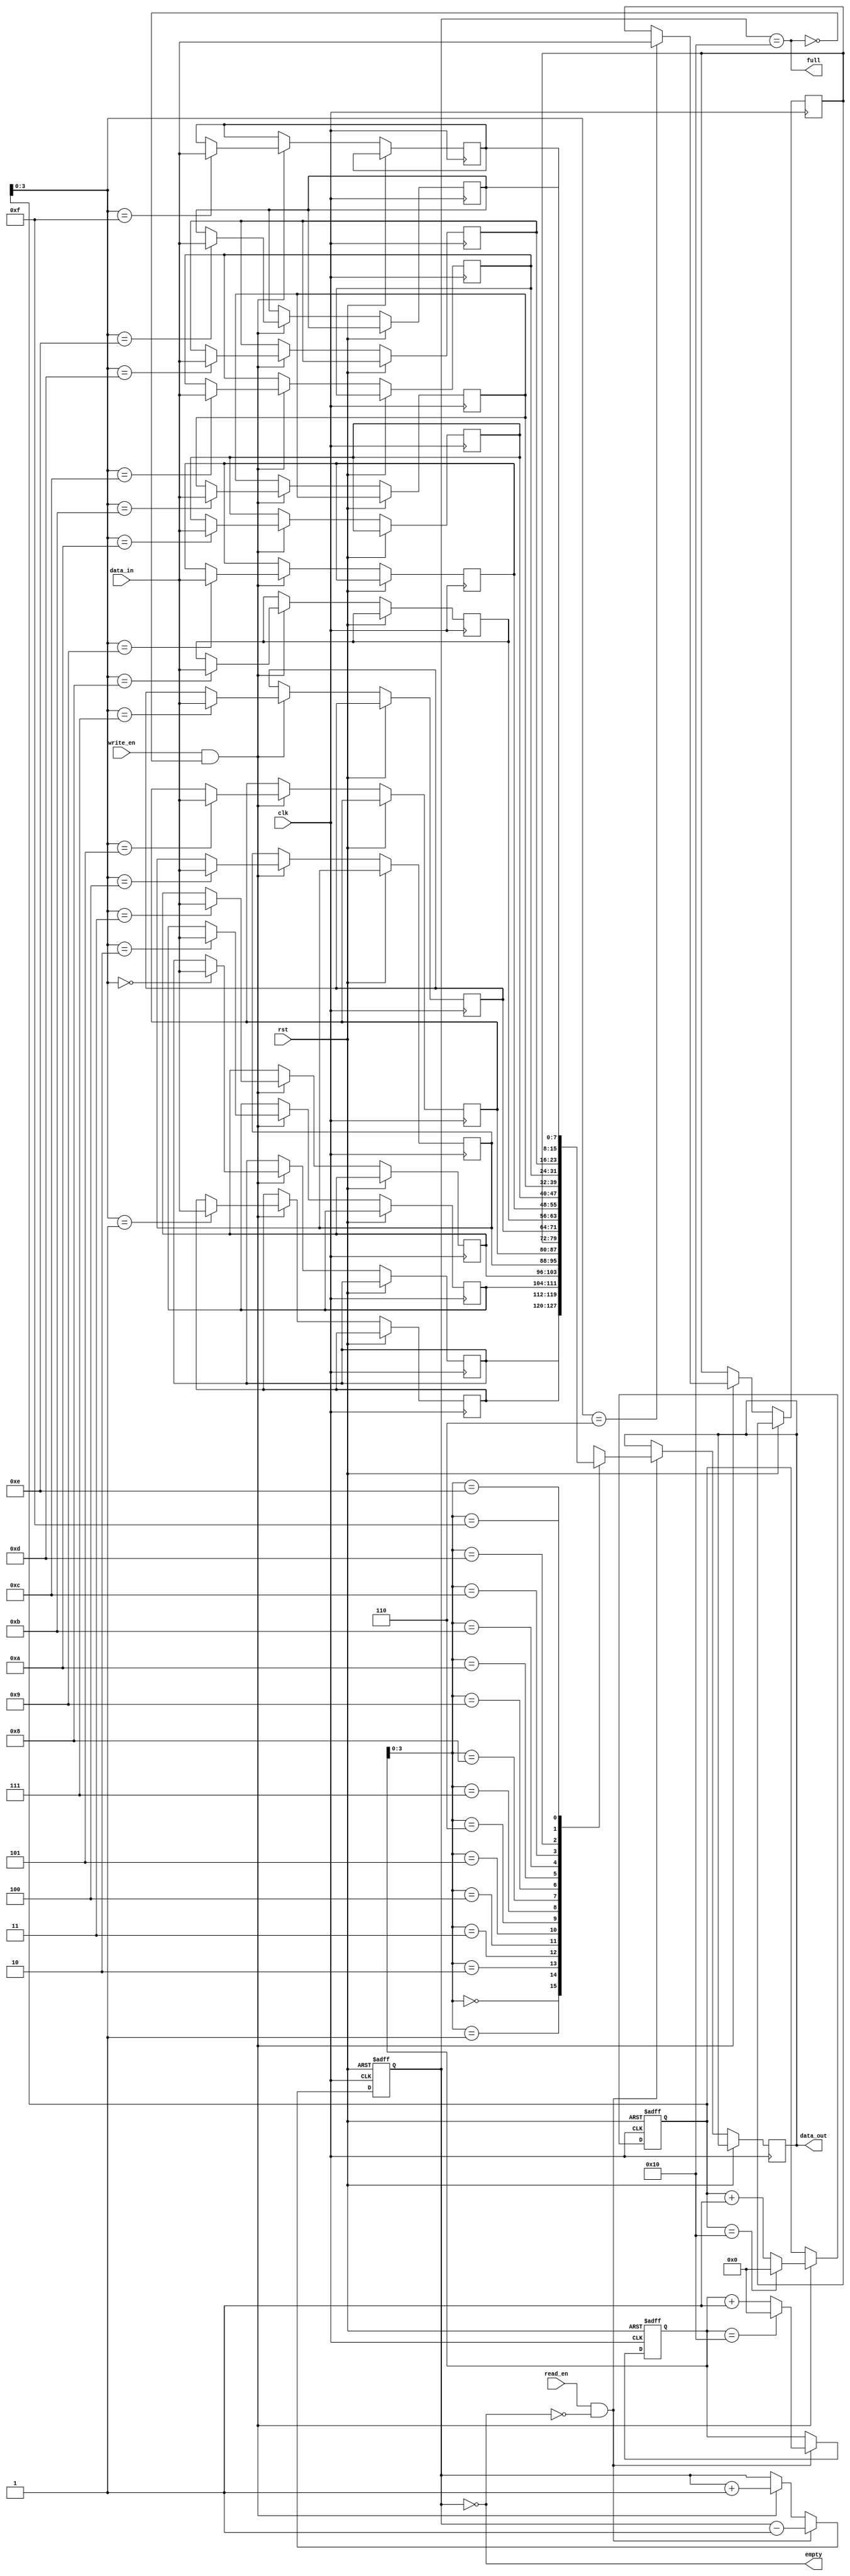
module fifo #(
    parameter DATA_WIDTH = 8,
    parameter DEPTH = 16
)
(
    input wire clk,
    input wire rst,
    input wire write_en,
    input wire read_en,
    input wire [DATA_WIDTH-1:0] data_in,
    output reg [DATA_WIDTH-1:0] data_out,
    output wire empty,
    output wire full
    );
    
    reg [DATA_WIDTH-1:0] buffer [DEPTH-1:0];
    reg [DEPTH-1:0] head;
    reg [DEPTH-1:0] tail;
    reg [DEPTH-1:0] count;
    
    always @ (posedge clk or posedge rst) begin
        if(rst) begin
            head <= 0;
            tail <= 0;
            count <= 0;
        end else begin
            if(write_en && !full) begin
                buffer[tail] <= data_in;
                tail <= tail + 1;
                count <= count + 1;
                if(tail == DEPTH) tail <= 0;
            end
            if(read_en && !empty) begin
                data_out <= buffer[head];
                head <= head + 1;
                count <= count - 1;
                if(head == DEPTH) head <= 0;
            end
        end
    end
    
    assign empty = (count == 0);
    assign full = (count == DEPTH);
    
endmodule